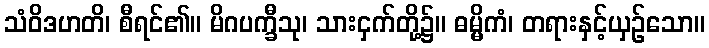
သံဝိဒဟတိ၊ စီရင်၏။ မိဂပက္ခီသု၊ သားငှက်တို့၌။ ဓမ္မိကံ၊ တရားနှင့်ယှဉ်သော။